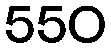
550